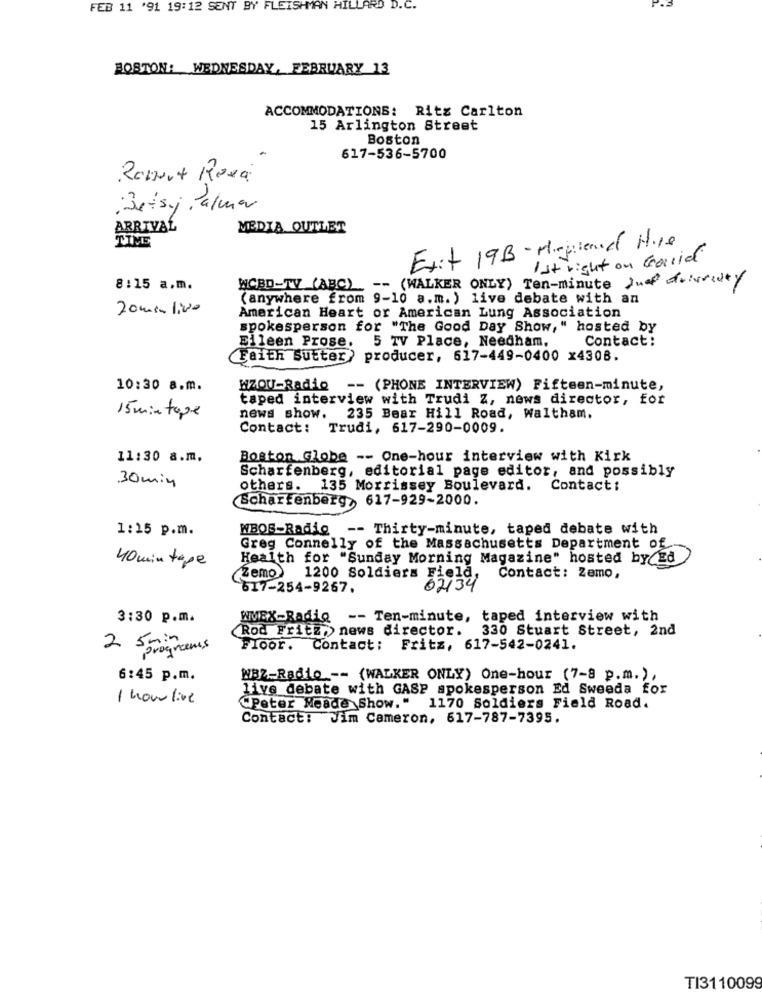
FEB 11 '91 19:12 SENT BY FLEISHMAN HILLARD D.C.
BOSTON: WEDNESDAY, FEBRUARY 13
ACCOMMODATIONS: Ritz Carlton
15 Arlington Street
Boston
617-536-5700
Robert Roxa
Betsy Palmar
ARRIVAL
MEDIA OUTLET
TIME
Exit 19B- Mirgenel H.10
Ist right on Galid
WCED-TV (ABC) -- (WALKER ONLY) Ten-minute Jun driveway
8:15 a.m.
(anywhere from 9-10 a.m. ) live debate with an
20 mili00
American Heart or American Lung Association
spokesperson for "The Good Day Show," hosted by
Eileen Prose. 5 TV Place, Needham,
Contact:
(Faith Sutter) producer, 617-449-0400 x4308.
10:30 a.m.
WZOU-Radio -- (PHONE INTERVIEW) Fifteen-minute,
taped interview with Trudi Z, news director, for
15 min tope
news show.
235 Bear Hill Road, Waltham.
Contact: Trudi, 617-290-0009.
11:30 a.m.
Boston Globe -- One-hour interview with Kirk
Scharfenberg, editorial page editor, and possibly
30min
others. 135 Morrissey Boulevard. Contact:
Scharfenberg, 617-929-2000.
1:15 p.m.
WBOS-Radio
-- Thirty-minute, taped debate with
Greg Connelly of the Massachusetts Department of
40 min tape
Health for "Sunday Morning Magazine" hosted by Ed
Zemo) 1200 Soldiers Field,
Contact: Zemo,
617-254-9267.
62134
3:30 p.m.
WMEX-Radio -- Ten-minute, taped interview with
Rod Fritz, news director. 330 Stuart Street, 2nd
2 5 min
programs
Floor. Contact: Fritz, 617-542-0241.
6:45 p.m.
WBZ-Radio -- (WALKER ONLY) One-hour (7-8 p.m.) ,
live debate with GASP spokesperson Ed Sweeda for
1 hourline
"Peter Meade Show." 1170 Soldiers Field Road.
Contact: Jim Cameron, 617-787-7395.
TI3110099